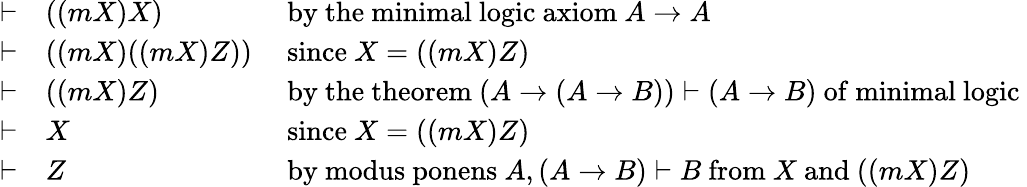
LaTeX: {\begin{array}{cll}{\vdash}&{((mX)X)}&{{\mathrm{~by~the~minimal~logic~axiom~}}A\to A}\\ {\vdash}&{((mX)((mX)Z))}&{{\mathrm{~since~}}X=((mX)Z)}\\ {\vdash}&{((mX)Z)}&{{\mathrm{~by~the~theorem~}}(A\to(A\to B))\vdash(A\to B){\mathrm{~of~minimal~logic~}}}\\ {\vdash}&{X}&{{\mathrm{~since~}}X=((mX)Z)}\\ {\vdash}&{Z}&{{\mathrm{~by~modus~ponens~}}A,(A\to B)\vdash B{\mathrm{~from~}}X{\mathrm{~and~}}((mX)Z)}\end{array}}